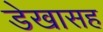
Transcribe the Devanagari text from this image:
डेखासह